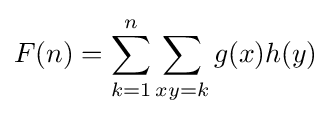
F(n)=\sum _{k=1}^{n}\sum _{xy=k}^{}g(x)h(y)